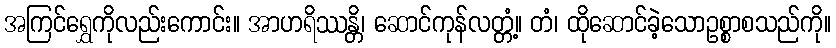
အကြင်ရွှေကိုလည်းကောင်း။ အာဟရိဿန္တိ၊ ဆောင်ကုန်လတ္တံ့။ တံ၊ ထိုဆောင်ခဲ့သောဥစ္စာစသည်ကို။